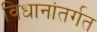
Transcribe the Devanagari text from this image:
विधानांतर्गत